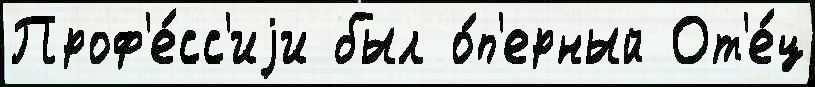
Проф'е́сс'иjи был о́п'ерный От'е́ц